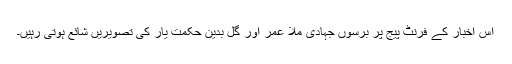
اس اخبار کے فرنٹ پیج پر برسوں جہادی ملا عمر اور گل بدین حکمت یار کی تصویریں شائع ہوتی رہیں۔